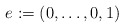
\begin{align*} e := (0,\dotsc,0,1)\end{align*}